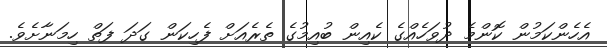
އެހެންކަމުން ކޮންމެ ދުވަހެއްގެ ކެއިން ބުއިމުގެ ތެރެއަށް ފެހިކަން ގަދަ ފަތް ހިމަނާށެވެ.